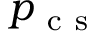
p _ { \mathrm { ~ c ~ s ~ } }